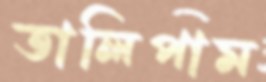
তালিপাম